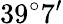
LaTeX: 39^{\circ}7^{\prime}